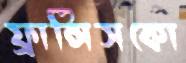
ফ্রান্সিসকো